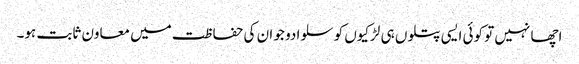
اچھا نہیں تو کوئی ایسی پتلوں ہی لڑکیوں کو سلوا دو جو ان کی حفا ظت میں معاون ثابت ہو۔